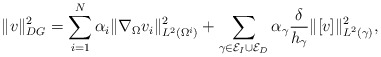
\begin{align*}\|v \|^{2}_{DG} = \sum_{i=1}^{N} \alpha_{i} \|\nabla_{\Omega} v_{i} \|_{L^{2}(\Omega^{i})}^{2} + \sum_{ \gamma \in \mathcal{E}_{I} \cup \mathcal{E}_{D}} \alpha_{\gamma} \frac{\delta}{h_{\gamma}} \| [v] \|_{L^{2}(\gamma)}^{2}, \end{align*}